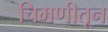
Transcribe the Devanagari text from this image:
चिमणीतून